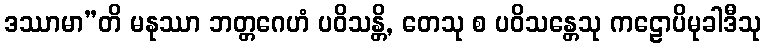
ဒဿာမာ”တိ မနုဿာ ဘတ္တဂေဟံ ပဝိသန္တိ, တေသု စ ပဝိသန္တေသု ကဠောပိမုခါဒီသု